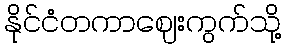
နိုင်ငံတကာဈေးကွက်သို့